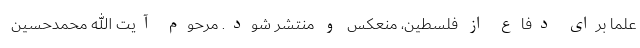
علما برای دفاع از فلسطین، منعکس و منتشر شود. مرحوم آیت الله محمدحسین